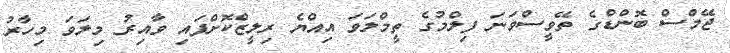
ޖޭމްސް ބޮންޑްގެ ތޭވީސްވަނަ ފިލްމުގެ ތީމްލަވަ އިއްޔެ ރިލީޒްކޮށްފައި ވާއިރު މިލަވަ މިހާރު